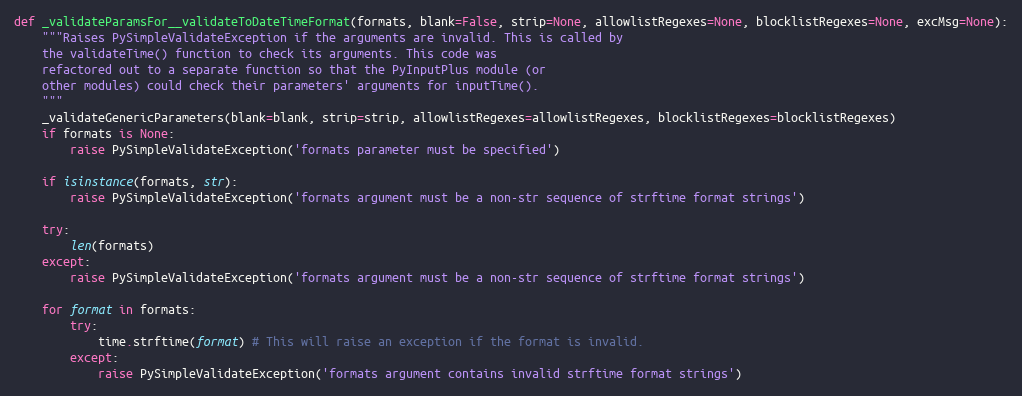
Language: Python
def _validateParamsFor__validateToDateTimeFormat(formats, blank=False, strip=None, allowlistRegexes=None, blocklistRegexes=None, excMsg=None):
    """Raises PySimpleValidateException if the arguments are invalid. This is called by
    the validateTime() function to check its arguments. This code was
    refactored out to a separate function so that the PyInputPlus module (or
    other modules) could check their parameters' arguments for inputTime().
    """
    _validateGenericParameters(blank=blank, strip=strip, allowlistRegexes=allowlistRegexes, blocklistRegexes=blocklistRegexes)
    if formats is None:
        raise PySimpleValidateException('formats parameter must be specified')

    if isinstance(formats, str):
        raise PySimpleValidateException('formats argument must be a non-str sequence of strftime format strings')

    try:
        len(formats)
    except:
        raise PySimpleValidateException('formats argument must be a non-str sequence of strftime format strings')

    for format in formats:
        try:
            time.strftime(format) # This will raise an exception if the format is invalid.
        except:
            raise PySimpleValidateException('formats argument contains invalid strftime format strings')